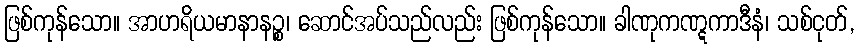
ဖြစ်ကုန်သော။ အာဟရိယမာနာနဉ္စ၊ ဆောင်အပ်သည်လည်း ဖြစ်ကုန်သော။ ခါဏုကဏ္ဋကာဒီနံ၊ သစ်ငုတ်,